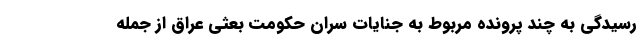
رسیدگی به چند پرونده مربوط به جنایات سران حکومت بعثی عراق از جمله